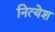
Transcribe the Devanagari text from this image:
नित्येश